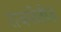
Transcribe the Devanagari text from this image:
राजनीतीज्ञ